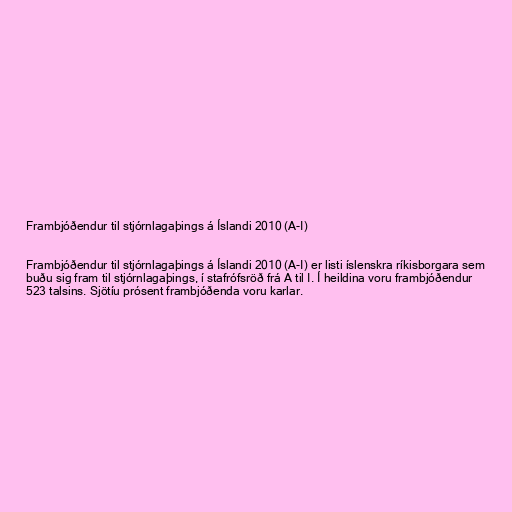
Frambjóðendur til stjórnlagaþings á Íslandi 2010 (A-I)

Frambjóðendur til stjórnlagaþings á Íslandi 2010 (A-I) er listi íslenskra ríkisborgara sem
buðu sig fram til stjórnlagaþings, í stafrófsröð frá A til I. Í heildina voru frambjóðendur
523 talsins. Sjötíu prósent frambjóðenda voru karlar.